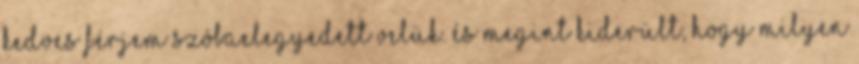
Kedves Férjem szóbaelegyedett velük. és megint kiderült, hogy milyen